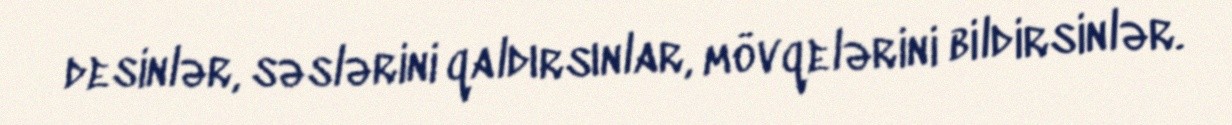
desinlər, səslərini qaldırsınlar, mövqelərini bildirsinlər.